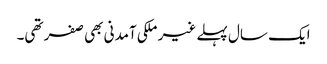
ایک سال پہلے غیر ملکی آمدنی بھی صفر تھی۔